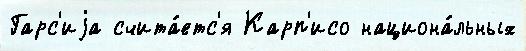
Гарс'иjа счита́етс'я Карп'исо национа́льных